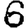
Digit: 6